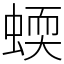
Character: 蝡